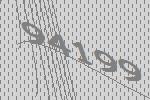
94199